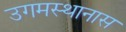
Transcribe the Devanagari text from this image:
उगमस्थानास